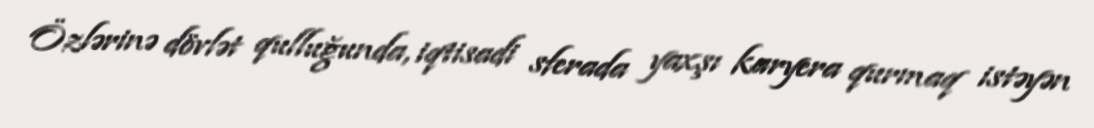
Özlərinə dövlət qulluğunda, iqtisadi sferada yaxşı karyera qurmaq istəyən